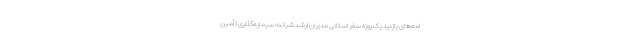
امه‌های بازدید یک روزه سفر استانی مدیران ارشد شرکت سرمایه‌گذاری تأمین